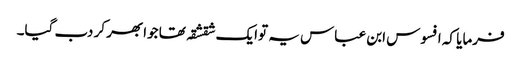
فرمایا کہ افسوس ابن عباس یہ توایک شقشقہ تھا جوابھر کر دب گیا۔